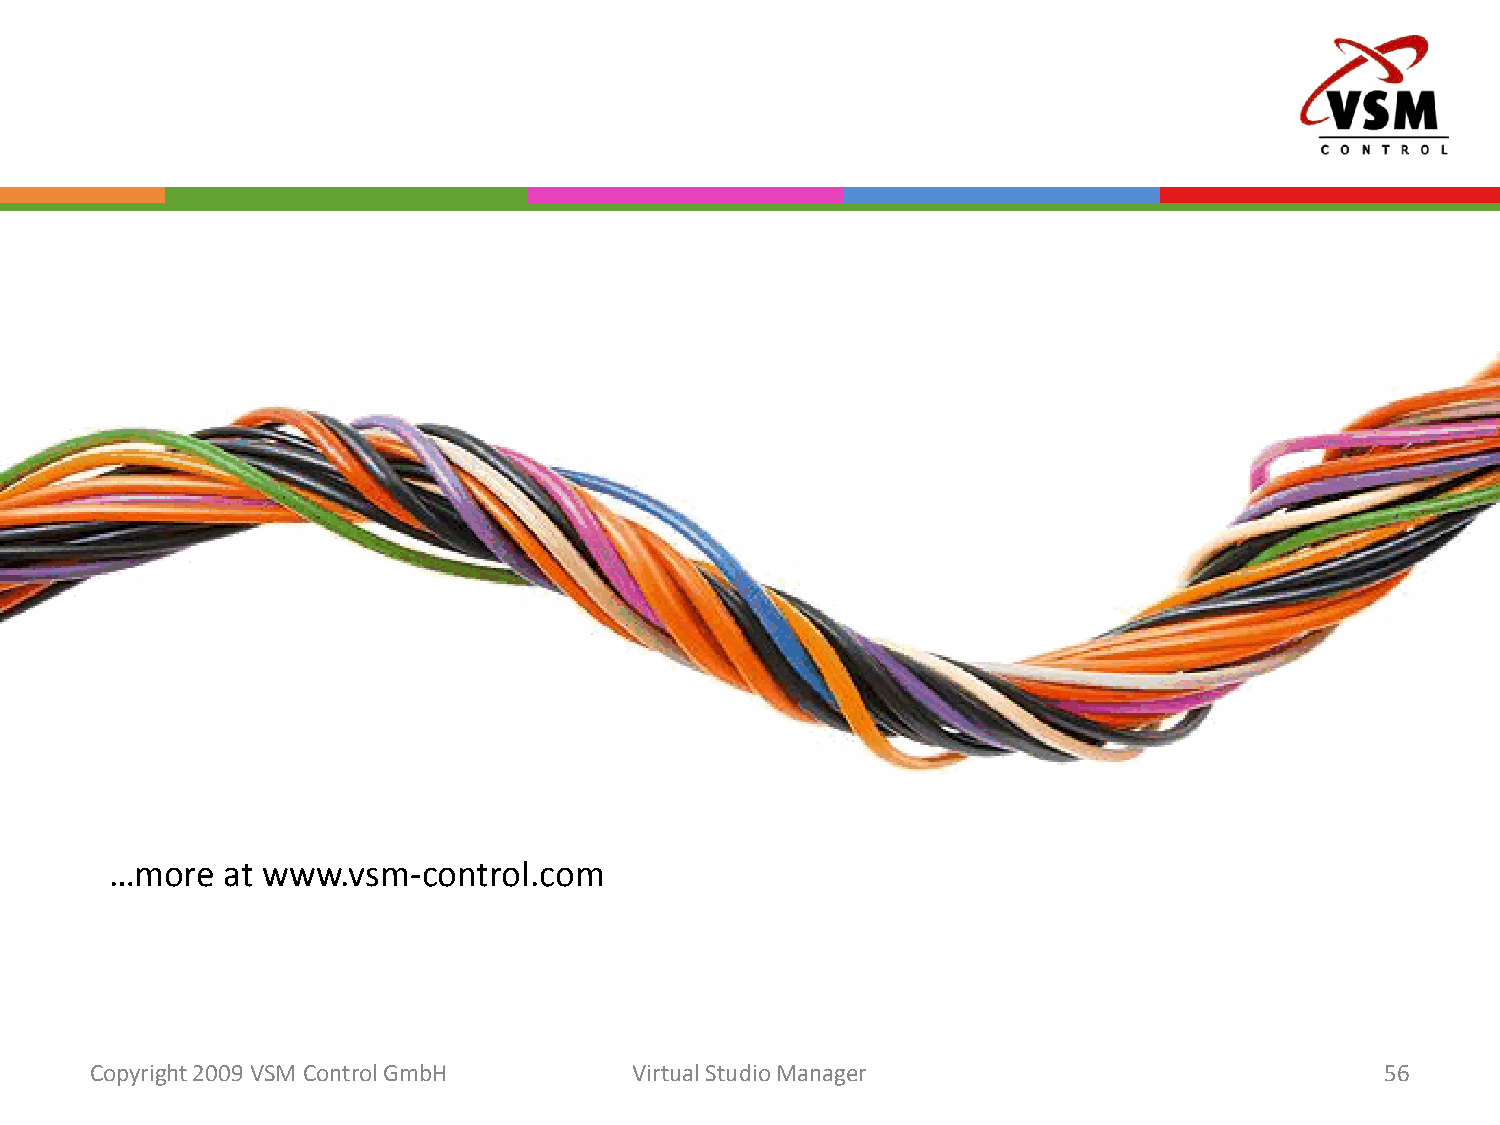
…more   at www.vsm-control.com
 Copyright 2009 VSM ControlGmbH      Virtual Studio Manager                            56